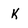
Character: k